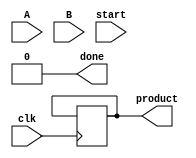
module modified_booth_multiplier #(
    parameter N = 8 // Bit width for inputs
)(
    input signed [N-1:0] A, // Multiplicand
    input signed [N-1:0] B, // Multiplier
    input clk,
    input start,
    output reg signed [2*N-1:0] product, // Product of A and B
    output reg done // Indicates completion of the multiplication
);

    // Internal signals
    reg [N:0] A_ext; // Sign-extended multiplicand
    reg [N:0] B_reg; // Working copy of multiplier
    reg [N:0] Q; // Working copy of multiplier
    reg [N:0] M; // Working copy of multiplicand
    reg [N:0] sum; // Accumulator for partial product
    reg [2*N-1:0] P; // Product register
    reg [2:0] count; // Count for number of iterations

    // State definitions
    reg [2:0] state;
    localparam IDLE = 3'd0,
               COMPUTE = 3'd1,
               SHIFT = 3'd2,
               DONE = 3'd3;

    // Sign extension of A
    always @(*) begin
        A_ext = {A[N-1], A}; // Extend A to (N+1) bits
        M = A_ext; // Copy to M
        B_reg = {1'b0, B}; // Extend B to (N+1) bits
        Q = 0; // Initialize Q
        P = 0; // Initialize product
        count = 0; // Initialize count
        done = 0; // Reset done
        state = IDLE; // Reset state
    end

    // State machine for Modified Booth multiplier
    always @(posedge clk) begin
        case (state)
            IDLE: begin
                if (start) begin
                    P <= 0; // Reset product
                    Q <= 0; // Reset Q
                    B_reg <= {1'b0, B}; // Load multiplier
                    count <= N; // Set iteration count
                    state <= COMPUTE; // Move to compute state
                end
            end

            COMPUTE: begin
                case ({B_reg[0], Q[0]}) // Booth's encoding
                    2'b00: begin // No operation
                        // Do nothing
                    end
                    2'b01: begin // Add multiplicand
                        sum <= P[N:0] + M[N:0]; // Add M to P
                    end
                    2'b10: begin // Subtract multiplicand
                        sum <= P[N:0] - M[N:0]; // Subtract M from P
                    end
                    2'b11: begin // No operation
                        // Do nothing
                    end
                endcase

                // Update product register
                P <= {sum[N:0], P[2*N-1:N+1]}; // Shift left
                Q <= {B_reg[N:1], 1'b0}; // Shift B right
                count <= count - 1; // Decrement count

                if (count == 0) begin
                    state <= DONE; // Move to done state
                end
            end

            DONE: begin
                product <= P; // Store final product
                done <= 1; // Set done flag
                state <= IDLE; // Reset state
            end

            default: state <= IDLE; // Default to idle state
        endcase
    end

endmodule